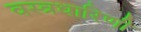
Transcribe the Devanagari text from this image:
वस्त्रधारिणी